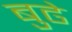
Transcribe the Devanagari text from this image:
बुढे